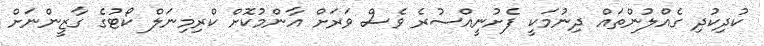
ކުދިކުދި ގެއްލުންތައް ދިނުމަކީ ފެށުނީއްސުރެ ވެސް ވަރަށް އާންމުކޮށް ކްރިމިނަލް ކޯޓުގެ ގާޒީންނަށް